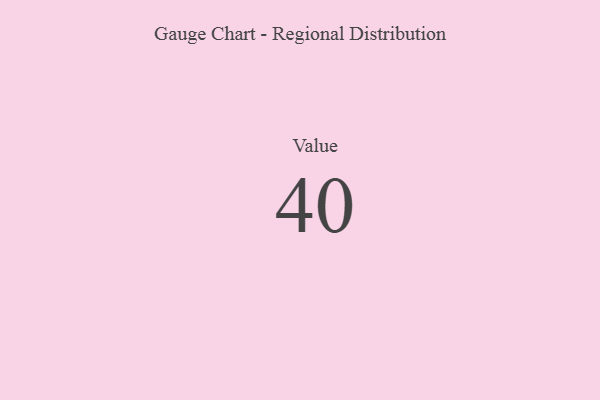
{"axis": {"x": "Metric", "y": "Value"}, "legend": [""], "data": [{"x": "Value", "y": 40, "type": ""}]}